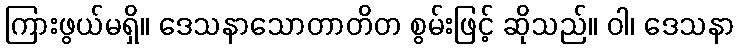
ကြားဖွယ်မရှိ။ ဒေသနာသောတာတိတ စွမ်းဖြင့် ဆိုသည်။ ဝါ၊ ဒေသနာ